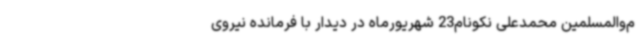
م‌والمسلمین محمدعلی نکونام23 شهریورماه در دیدار با فرمانده نیروی